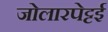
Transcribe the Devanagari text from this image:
जोलारपेट्टई